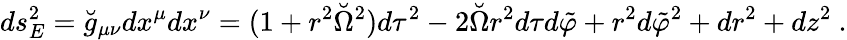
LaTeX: ds_{E}^{2}=\breve{g}_{\mu\nu}dx^{\mu}dx^{\nu}=(1+r^{2}\breve{\Omega}^{2})d\tau^{2}-2\breve{\Omega}r^{2}d\tau d\tilde{\varphi}+r^{2}d\tilde{\varphi}^{2}+dr^{2}+dz^{2}~.